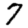
Digit: 7